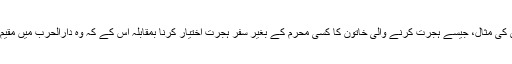
تیسری کی مثال، جیسے ہجرت کرنے والی خاتون کا کسی محرم کے بغیر سفرِ ہجرت اختیار کرنا بمقابلہ اس کے کہ وہ دارالحرب میں مقیم رہے۔